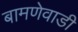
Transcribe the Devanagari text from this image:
बामणेवाडी